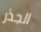
الجذر